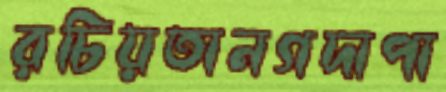
রচিয়তানগদাপা